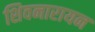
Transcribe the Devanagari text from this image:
शिवनारायन